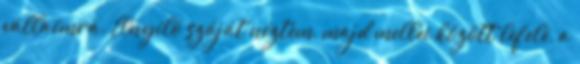
vállaimra. Elnyíló száját néztem, majd mellei között lefelé, a